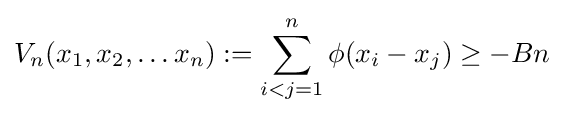
V_{n}(x_{1},x_{2},\ldots x_{n}):=\sum _{i<j=1}^{n}\phi (x_{i}-x_{j})\geq -Bn